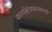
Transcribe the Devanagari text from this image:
कार्यक्षेत्राबाबतची